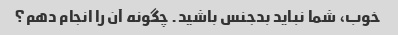
خوب، شما نباید بدجنس باشید. چگونه آن را انجام دهم؟